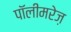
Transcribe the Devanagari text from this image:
पॉलीमरेज़